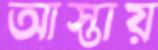
আস্তায়